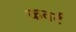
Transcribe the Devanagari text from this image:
कवर्ट